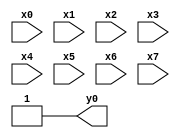
module top( x0 , x1 , x2 , x3 , x4 , x5 , x6 , x7 , y0 );
  input x0 , x1 , x2 , x3 , x4 , x5 , x6 , x7 ;
  output y0 ;
  assign y0 = ~1'b0 ;
endmodule